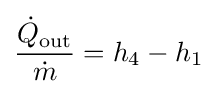
{\frac {{\dot {Q}}_{\text{out}}}{\dot {m}}}=h_{4}-h_{1}